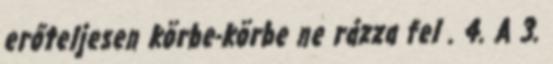
erőteljesen körbe-körbe ne rázza fel . 4. A 3.